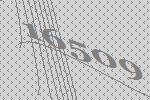
16509